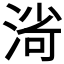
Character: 𣸌